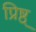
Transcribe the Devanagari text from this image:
प्रिष्ठ्